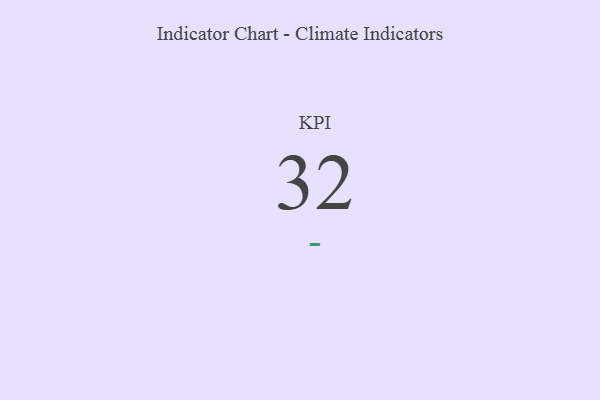
{"axis": {"x": "KPI", "y": "Value"}, "legend": [""], "data": [{"x": "KPI", "y": 32, "type": ""}]}